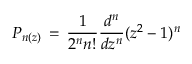
P _ { n ( z ) } \, = \, \frac { 1 } { 2 ^ { n } n ! } \frac { d ^ { n } } { d z ^ { n } } ( z ^ { 2 } - 1 ) ^ { n }